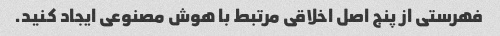
فهرستی از پنج اصل اخلاقی مرتبط با هوش مصنوعی ایجاد کنید.